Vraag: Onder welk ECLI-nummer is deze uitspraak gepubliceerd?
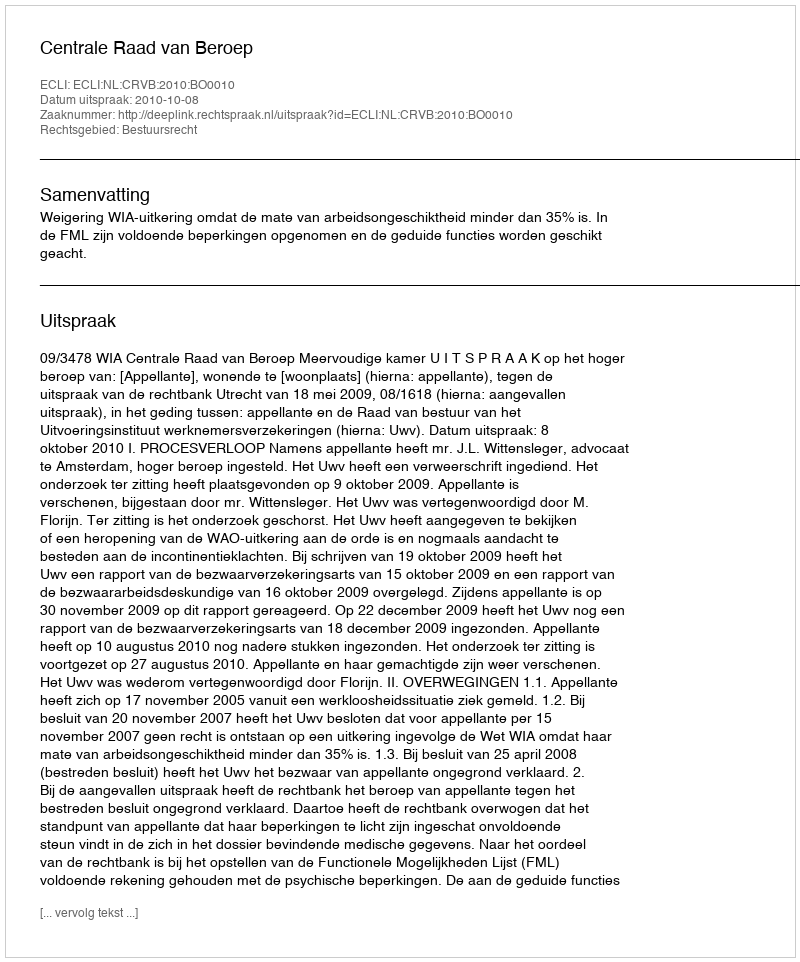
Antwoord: ECLI:NL:CRVB:2010:BO0010